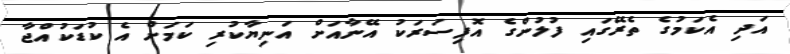
އަދި އެކަމުގެ ތެރޭގައި ފުލުންގެ އޮފިސަރަކު އޭނާއަށް އަނިޔާކުރި ކަމަށް އެ ކުޑަކުއްޖާ